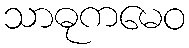
သာဓုကမေဝ